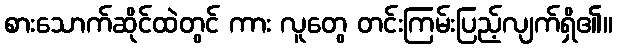
စားသောက်ဆိုင်ထဲတွင် ကား လူတွေ တင်းကြမ်းပြည့်လျက်ရှိ၏။